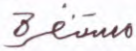
مستنفرة